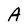
Character: A